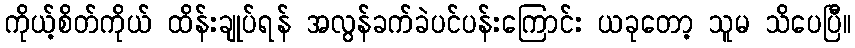
ကိုယ့်စိတ်ကိုယ် ထိန်းချုပ်ရန် အလွန်ခက်ခဲပင်ပန်းကြောင်း ယခုတော့ သူမ သိပေပြီ။